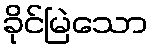
ခိုင်မြဲသော